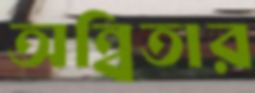
অন্বিতার